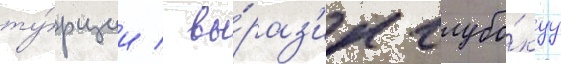
ту́рции / вы́раз'ил глубо́куу